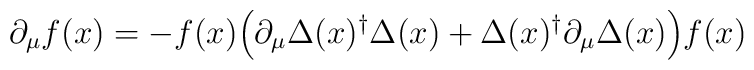
\partial_\mu f(x) =-f(x) \Bigl( \partial_\mu \Delta(x)^\dagger \Delta(x) + \Delta(x)^\dagger \partial_\mu \Delta(x) \Bigr) f(x)